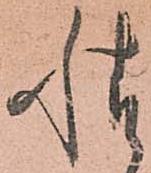
情